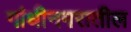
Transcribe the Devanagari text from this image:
गांधीनगरातील